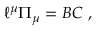
{ \ell } ^ { \mu } { \mit \Pi } _ { \mu } = { B } { C } \ ,